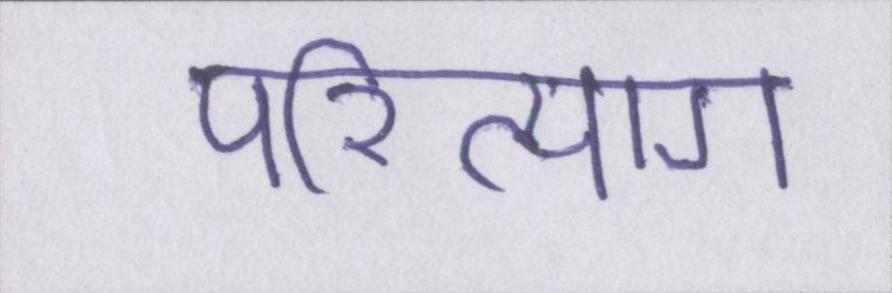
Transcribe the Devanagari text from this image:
परित्याग